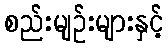
စည်းမျဉ်းများနှင့်